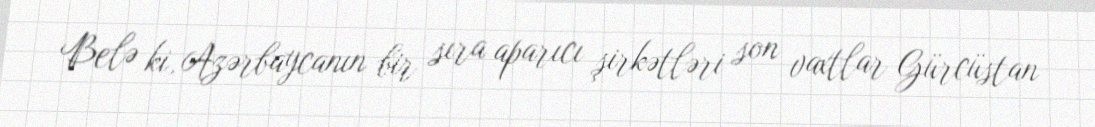
Belə ki, Azərbaycanın bir sıra aparıcı şirkətləri son vaxtlar Gürcüstan